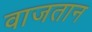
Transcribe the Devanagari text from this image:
वाजतान